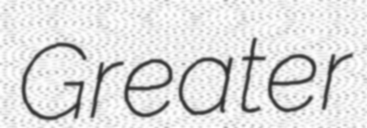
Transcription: Greater